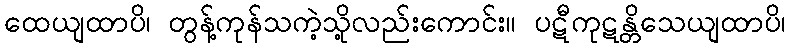
ထေယျထာပိ၊ တွန့်ကုန်သကဲ့သို့လည်းကောင်း။ ပဋီကုဋန္တိသေယျထာပိ၊